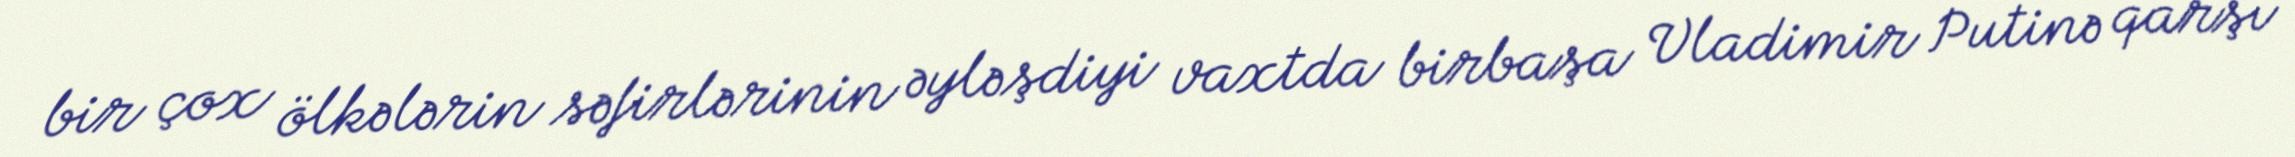
bir çox ölkələrin səfirlərinin əyləşdiyi vaxtda birbaşa Vladimir Putinə qarşı